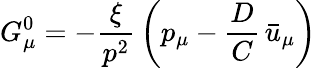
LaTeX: G_{\mu}^{0}=-{\frac{\xi}{p^{2}}}\left(p_{\mu}-{\frac{D}{C}}\, \bar{u}_{\mu}\right)